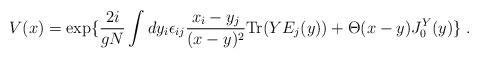
LaTeX: \begin{align*}V(x)=\exp\{{2i\over gN}\int dy_i \epsilon_{ij}{x_i-y_j\over (x-y)^2}{\rm Tr}(YE_j(y))+ \Theta(x-y)J_0^Y(y)\} \;.\end{align*}